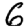
Digit: 6